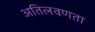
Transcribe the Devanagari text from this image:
अतिलवणता